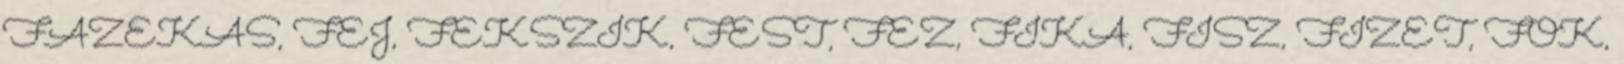
FAZEKAS, FEJ, FEKSZIK, FEST, FEZ, FIKA, FISZ, FIZET, FOK,